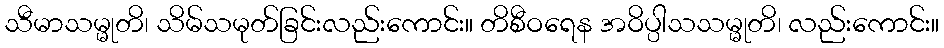
သီမာသမ္မုတိ၊ သိမ်သမုတ်ခြင်းလည်းကောင်း။ တိစီဝရေန အဝိပ္ပါသသမ္မုတိ၊ လည်းကောင်း။